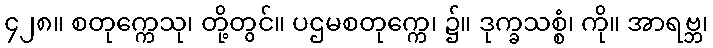
၄၂၈။ စတုက္ကေသု၊ တို့တွင်။ ပဌမစတုက္ကေ၊ ၌။ ဒုက္ခသစ္စံ၊ ကို။ အာရဗ္ဘ၊